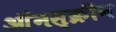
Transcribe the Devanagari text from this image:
ऑंनस्क्रीन